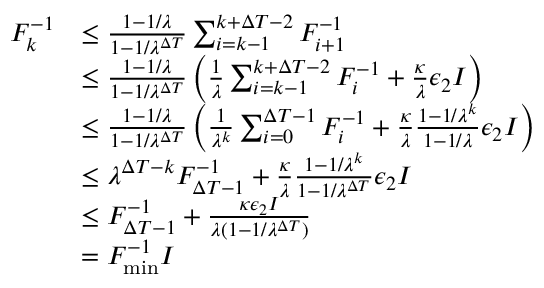
\begin{array} { r l } { F _ { k } ^ { - 1 } } & { \leq \frac { 1 - 1 / \lambda } { 1 - 1 / \lambda ^ { \Delta T } } \sum _ { i = k - 1 } ^ { k + \Delta T - 2 } F _ { i + 1 } ^ { - 1 } } \\ & { \leq \frac { 1 - 1 / \lambda } { 1 - 1 / \lambda ^ { \Delta T } } \left( \frac { 1 } { \lambda } \sum _ { i = k - 1 } ^ { k + \Delta T - 2 } F _ { i } ^ { - 1 } + \frac { \kappa } { \lambda } \epsilon _ { 2 } I \right) } \\ & { \leq \frac { 1 - 1 / \lambda } { 1 - 1 / \lambda ^ { \Delta T } } \left( \frac { 1 } { \lambda ^ { k } } \sum _ { i = 0 } ^ { \Delta T - 1 } F _ { i } ^ { - 1 } + \frac { \kappa } { \lambda } \frac { 1 - 1 / \lambda ^ { k } } { 1 - 1 / \lambda } \epsilon _ { 2 } I \right) } \\ & { \leq \lambda ^ { \Delta T - k } F _ { \Delta T - 1 } ^ { - 1 } + \frac { \kappa } { \lambda } \frac { 1 - 1 / \lambda ^ { k } } { 1 - 1 / \lambda ^ { \Delta T } } \epsilon _ { 2 } I } \\ & { \leq F _ { \Delta T - 1 } ^ { - 1 } + \frac { \kappa \epsilon _ { 2 } I } { \lambda ( 1 - 1 / \lambda ^ { \Delta T } ) } } \\ & { = F _ { \operatorname* { m i n } } ^ { - 1 } I } \end{array}